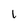
Character: 1